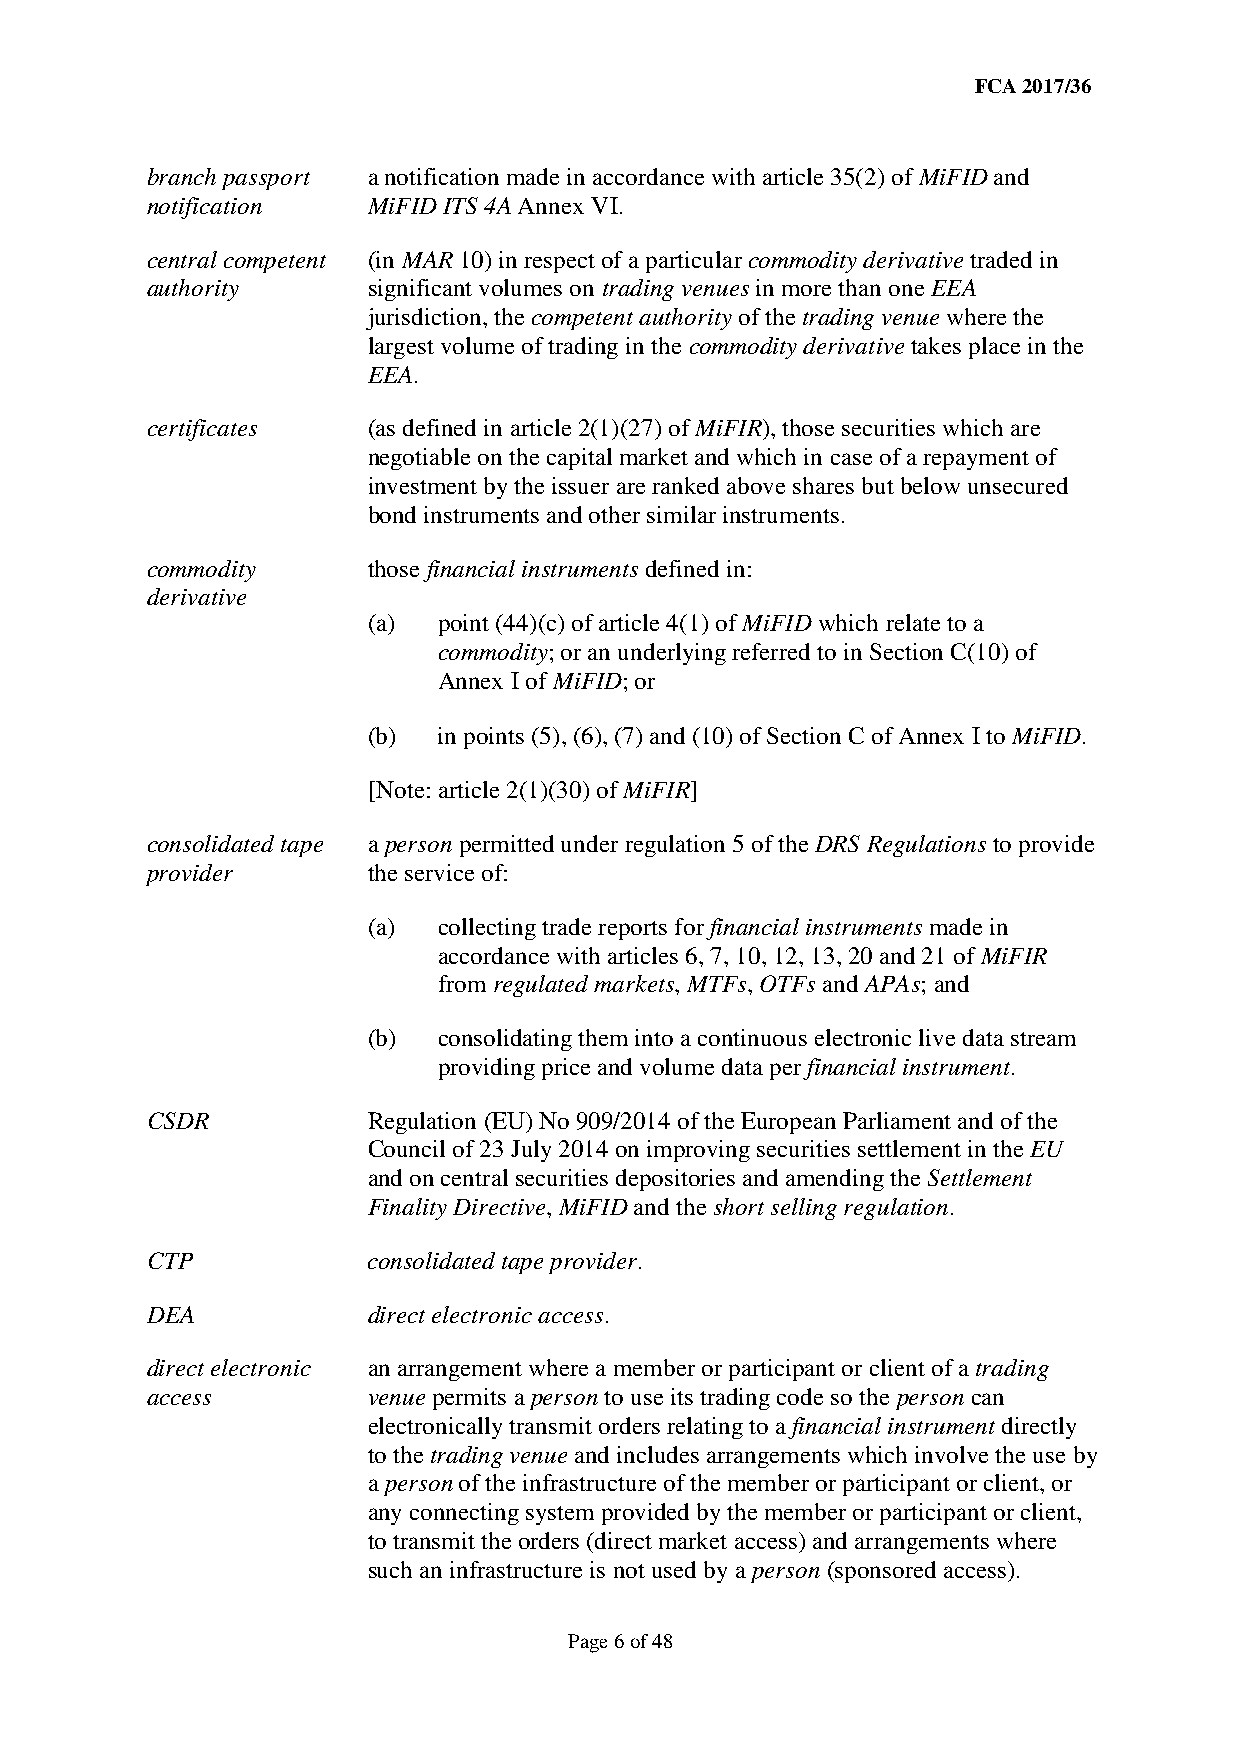
FCA 2017/36
 branch passport a notification made in accordance with article 35(2) of MiFID and
 notification  MiFID ITS 4A Annex VI.
 central competent (in MAR 10) in respect of a particular commodity derivative traded in
 authority     significant volumes on trading venues in more than one EEA
 jurisdiction, the competent authority of the trading venue where the
 largest volume of trading in the commodity derivative takes place in the
 EEA.
 certificates  (as defined in article 2(1)(27) of MiFIR), those securities which are
 negotiable on the capital market and which in case of a repayment of
 investment by the issuer are ranked above shares but below unsecured
 bond instruments and other similar instruments.
 commodity     those financial instruments defined in:
 derivative
 (a)  point (44)(c) of article 4(1) of MiFID which relate to a
 commodity; or an underlying referred to in Section C(10) of
 Annex I of MiFID; or
 (b)  in points (5), (6), (7) and (10) of Section C of Annex I to MiFID.
 [Note: article 2(1)(30) of MiFIR]
 consolidated tape a person permitted under regulation 5 of the DRS Regulations to provide
 provider      the service of:
 (a)  collecting trade reports for financial instruments made in
 accordance with articles 6, 7, 10, 12, 13, 20 and 21 of MiFIR
 from regulated markets, MTFs, OTFs and APAs; and
 (b)  consolidating them into a continuous electronic live data stream
 providing price and volume data per financial instrument.
 CSDR          Regulation (EU) No 909/2014 of the European Parliament and of the
 Council of 23 July 2014 on improving securities settlement in the EU
 and on central securities depositories and amending the Settlement
 Finality Directive, MiFID and the short selling regulation.
 CTP           consolidated tape provider.
 DEA           direct electronic access.
 direct electronic an arrangement where a member or participant or client of a trading
 access        venue permits a person to use its trading code so the person can
 electronically transmit orders relating to a financial instrument directly
 to the trading venue and includes arrangements which involve the use by
 a person of the infrastructure of the member or participant or client, or
 any connecting system provided by the member or participant or client,
 to transmit the orders (direct market access) and arrangements where
 such an infrastructure is not used by a person (sponsored access).
 Page 6 of 48